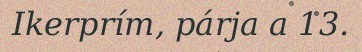
Ikerprím, párja a 13.